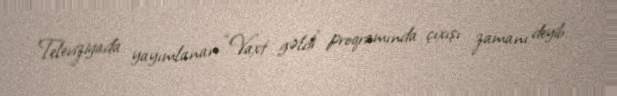
Televiziyada yayımlanan “Vaxt gəldi” proqramında çıxışı zamanı deyib.